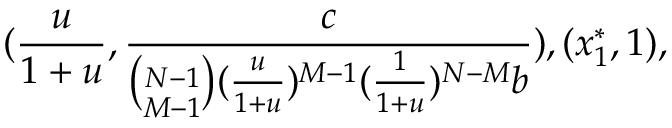
( \frac { u } { 1 + u } , \frac { c } { \binom { N - 1 } { M - 1 } ( \frac { u } { 1 + u } ) ^ { M - 1 } ( \frac { 1 } { 1 + u } ) ^ { N - M } b } ) , ( x _ { 1 } ^ { * } , 1 ) ,